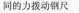
同的力拨动钢尺